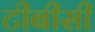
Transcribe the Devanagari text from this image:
टीबीसी